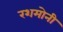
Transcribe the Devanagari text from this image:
रशमोनी